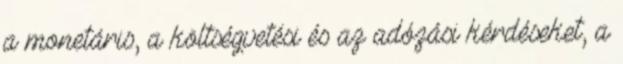
a monetáris, a költségvetési és az adózási kérdéseket, a